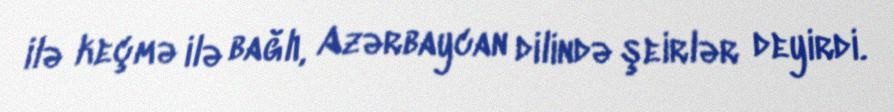
ilə keçmə ilə bağlı, Azərbaycan dilində şeirlər deyirdi.